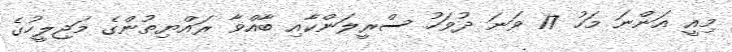
މިއީ އަންނަ މަހު 17 ވަނަ ދުވަހު ސްރީލަންކާއި ބާއްްވާ ރައްޔިތުންގެ މަޖިލީހުގެ